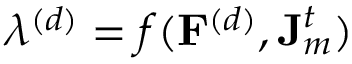
\lambda ^ { ( d ) } = f ( \mathbf { F } ^ { ( d ) } , \mathbf { J } _ { m } ^ { t } )